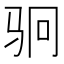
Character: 𬳶